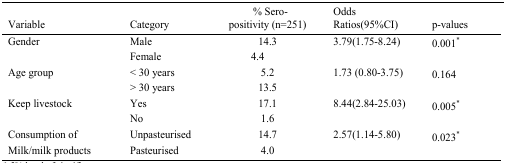
| Variable | Category | % Sero- positivity (n=251) | Odds Ratios(95%CI) | p-values |
 | --- | --- | --- | --- | --- |
 | Gender | Male | 14.3 | 3.79(1.75–8.24) | 0.001* |
 |  | Female | 4.4 |  |  |
 | Age group | < 30 years | 5.2 | 1.73 (0.80–3.75) | 0.164 |
 |  | > 30 years | 13.5 |  |  |
 | Keep livestock | Yes | 17.1 | 8.44(2.84–25.03) | 0.005* |
 |  | No | 1.6 |  |  |
 | Consumption of | Unpasteurised | 14.7 | 2.57(1.14–5.80) | 0.023* |
 | Milk/milk products | Pasteurised | 4.0 |  |  |